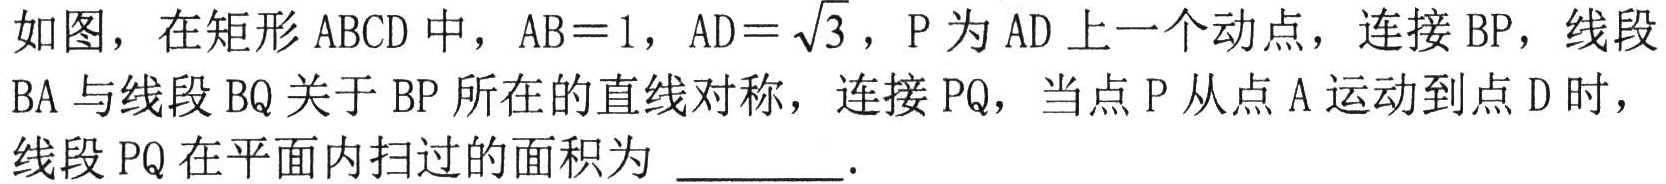
如图，在矩形ABCD中，AB = 1，AD = \(\sqrt{3}\)，P为AD上一个动点，连接BP，线段BA与线段BQ关于BP所在的直线对称，连接PQ，当点P从点A运动到点D时，线段PQ在平面内扫过的面积为 ________.